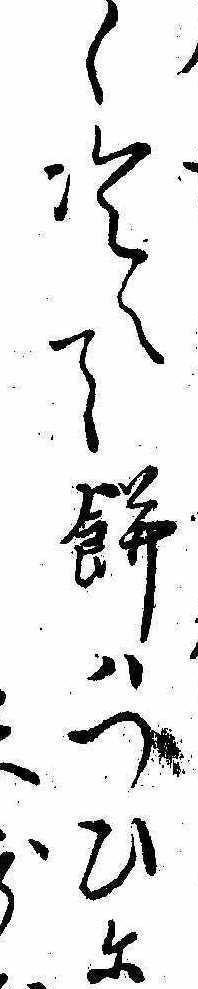
く冷へて餅はつひにす